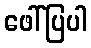
ဖေါ်ပြပါ